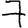
Digit: 7